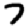
Digit: 7